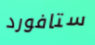
ستافورد